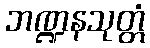
ဘဏ္ဍနသုတ္တံ